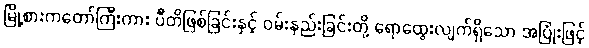
မြို့စားကတော်ကြီးကား ပီတိဖြစ်ခြင်းနှင့် ဝမ်းနည်းခြင်းတို့ ရောထွေးလျက်ရှိသော အပြုံးဖြင့်